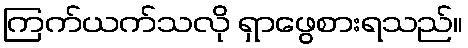
ကြက်ယက်သလို ရှာဖွေစားရသည်။